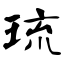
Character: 琉